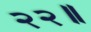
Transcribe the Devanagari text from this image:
२२॥